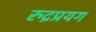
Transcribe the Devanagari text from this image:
रुद्रप्रयग